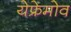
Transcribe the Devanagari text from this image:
येफ्रेमोव